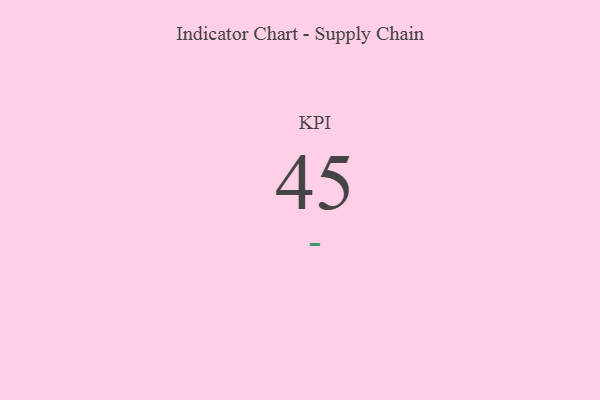
{"axis": {"x": "KPI", "y": "Value"}, "legend": [""], "data": [{"x": "KPI", "y": 45, "type": ""}]}